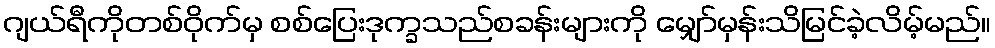
ဂျယ်ရီကိုတစ်ဝိုက်မှ စစ်ပြေးဒုက္ခသည်စခန်းများကို မျှော်မှန်းသိမြင်ခဲ့လိမ့်မည်။